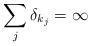
LaTeX: \begin{align*} \sum_j\delta_{k_j}=\infty\end{align*}